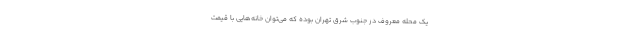
یک محله معروف در جنوب شرق تهران بوده که می‌توان خانه‌هایی با قیمت